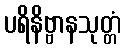
ပရိနိဗ္ဗာနသုတ္တံ